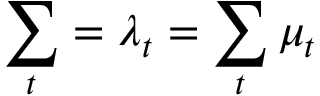
\sum _ { t } = \lambda _ { t } = \sum _ { t } \mu _ { t }